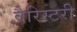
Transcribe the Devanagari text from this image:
वैरिस्टरी